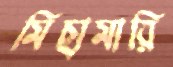
মিছামারি